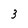
Character: 3